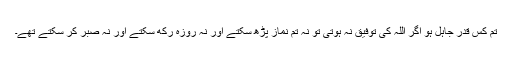
تم کس قدر جاہل ہو اگر اللہ کی توفیق نہ ہوتی تو نہ تم نماز پڑھ سکتے اور نہ روزہ رکھ سکتے اور نہ صبر کر سکتے تھے۔